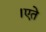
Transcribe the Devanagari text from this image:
।एते